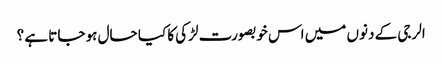
الرجی کے دنوں میں اس خوبصورت لڑکی کا کیا حال ہو جاتا ہے ؟